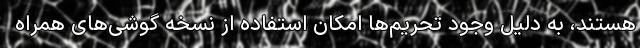
هستند، به دلیل وجود تحریم‌ها امکان استفاده از نسخه گوشی‌های همراه